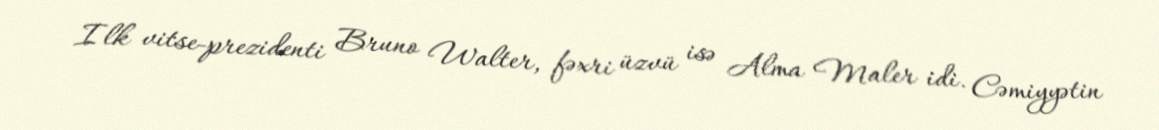
Ilk vitse-prezidenti Bruno Walter, fəxri üzvü isə Alma Maler idi. Cəmiyyətin